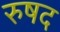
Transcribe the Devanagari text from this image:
रुषद